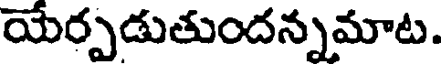
యేర్పడుతుందన్నమాట.